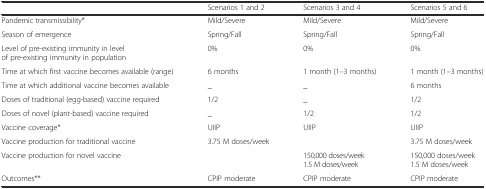
<table><thead><tr><td></td><td><b>Scenarios 1 and 2</b></td><td><b>Scenarios 3 and 4</b></td><td><b>Scenarios 5 and 6</b></td></tr></thead><tbody><tr><td>Pandemic transmissibility*</td><td>Mild/Severe</td><td>Mild/Severe</td><td>Mild/Severe</td></tr><tr><td>Season of emergence</td><td>Spring/Fall</td><td>Spring/Fall</td><td>Spring/Fall</td></tr><tr><td>Level of pre-existing immunity in level of pre-existing immunity in population</td><td>0%</td><td>0%</td><td>0%</td></tr><tr><td>Time at which first vaccine becomes available (range)</td><td>6 months</td><td>1 month (1–3 months)</td><td>1 month (1–3 months)</td></tr><tr><td>Time at which additional vaccine becomes available</td><td>_</td><td>_</td><td>6 months</td></tr><tr><td>Doses of traditional (egg-based) vaccine required</td><td>1/2</td><td>_</td><td>1/2</td></tr><tr><td>Doses of novel (plant-based) vaccine required</td><td>_</td><td>1/2</td><td>1/2</td></tr><tr><td>Vaccine coverage*</td><td>UIIP</td><td>UIIP</td><td>UIIP</td></tr><tr><td>Vaccine production for traditional vaccine</td><td>3.75 M doses/week</td><td></td><td>3.75 M doses/week</td></tr><tr><td>Vaccine production for novel vaccine</td><td></td><td>150,000 doses/week1.5 M doses/week</td><td>150,000 doses/week1.5 M doses/week</td></tr><tr><td>Outcomes**</td><td>CPIP moderate</td><td>CPIP moderate</td><td>CPIP moderate</td></tr></tbody></table>